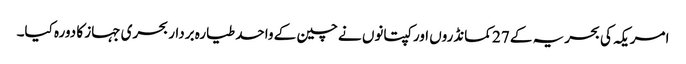
امریکہ کی بحریہ کے 27 کمانڈروں اور کپتانوں نے چین کے واحد طیارہ بردار بحری جہاز کا دورہ کیا۔